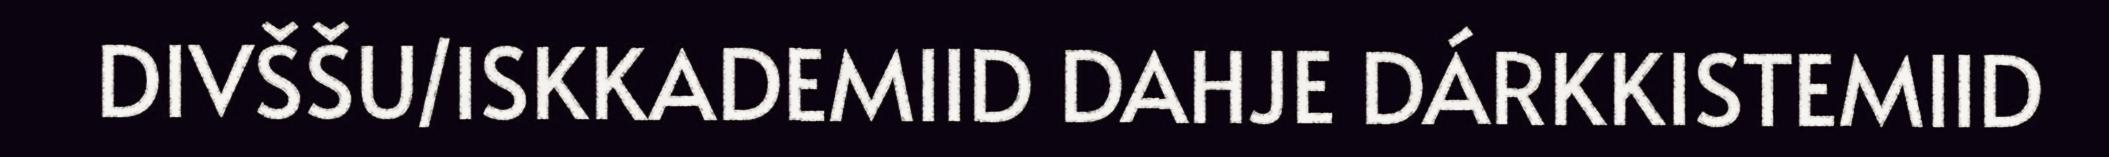
DIVŠŠU/ISKKADEMIID DAHJE DÁRKKISTEMIID